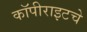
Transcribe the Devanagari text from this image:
कॉपीराइटचे